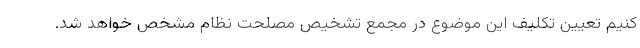
کنیم تعیین تکلیف این موضوع در مجمع تشخیص مصلحت نظام مشخص خواهد شد.